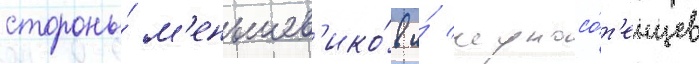
стороны́ м'еньшев'ико́в и́ черносо́т'енцев